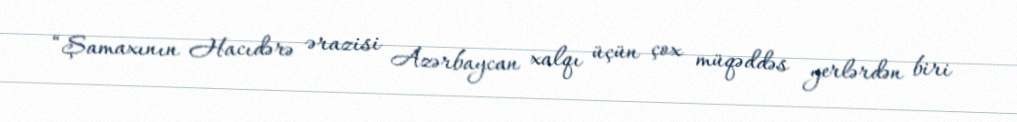
“Şamaxının Hacıdərə ərazisi Azərbaycan xalqı üçün çox müqəddəs yerlərdən biri